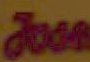
مع